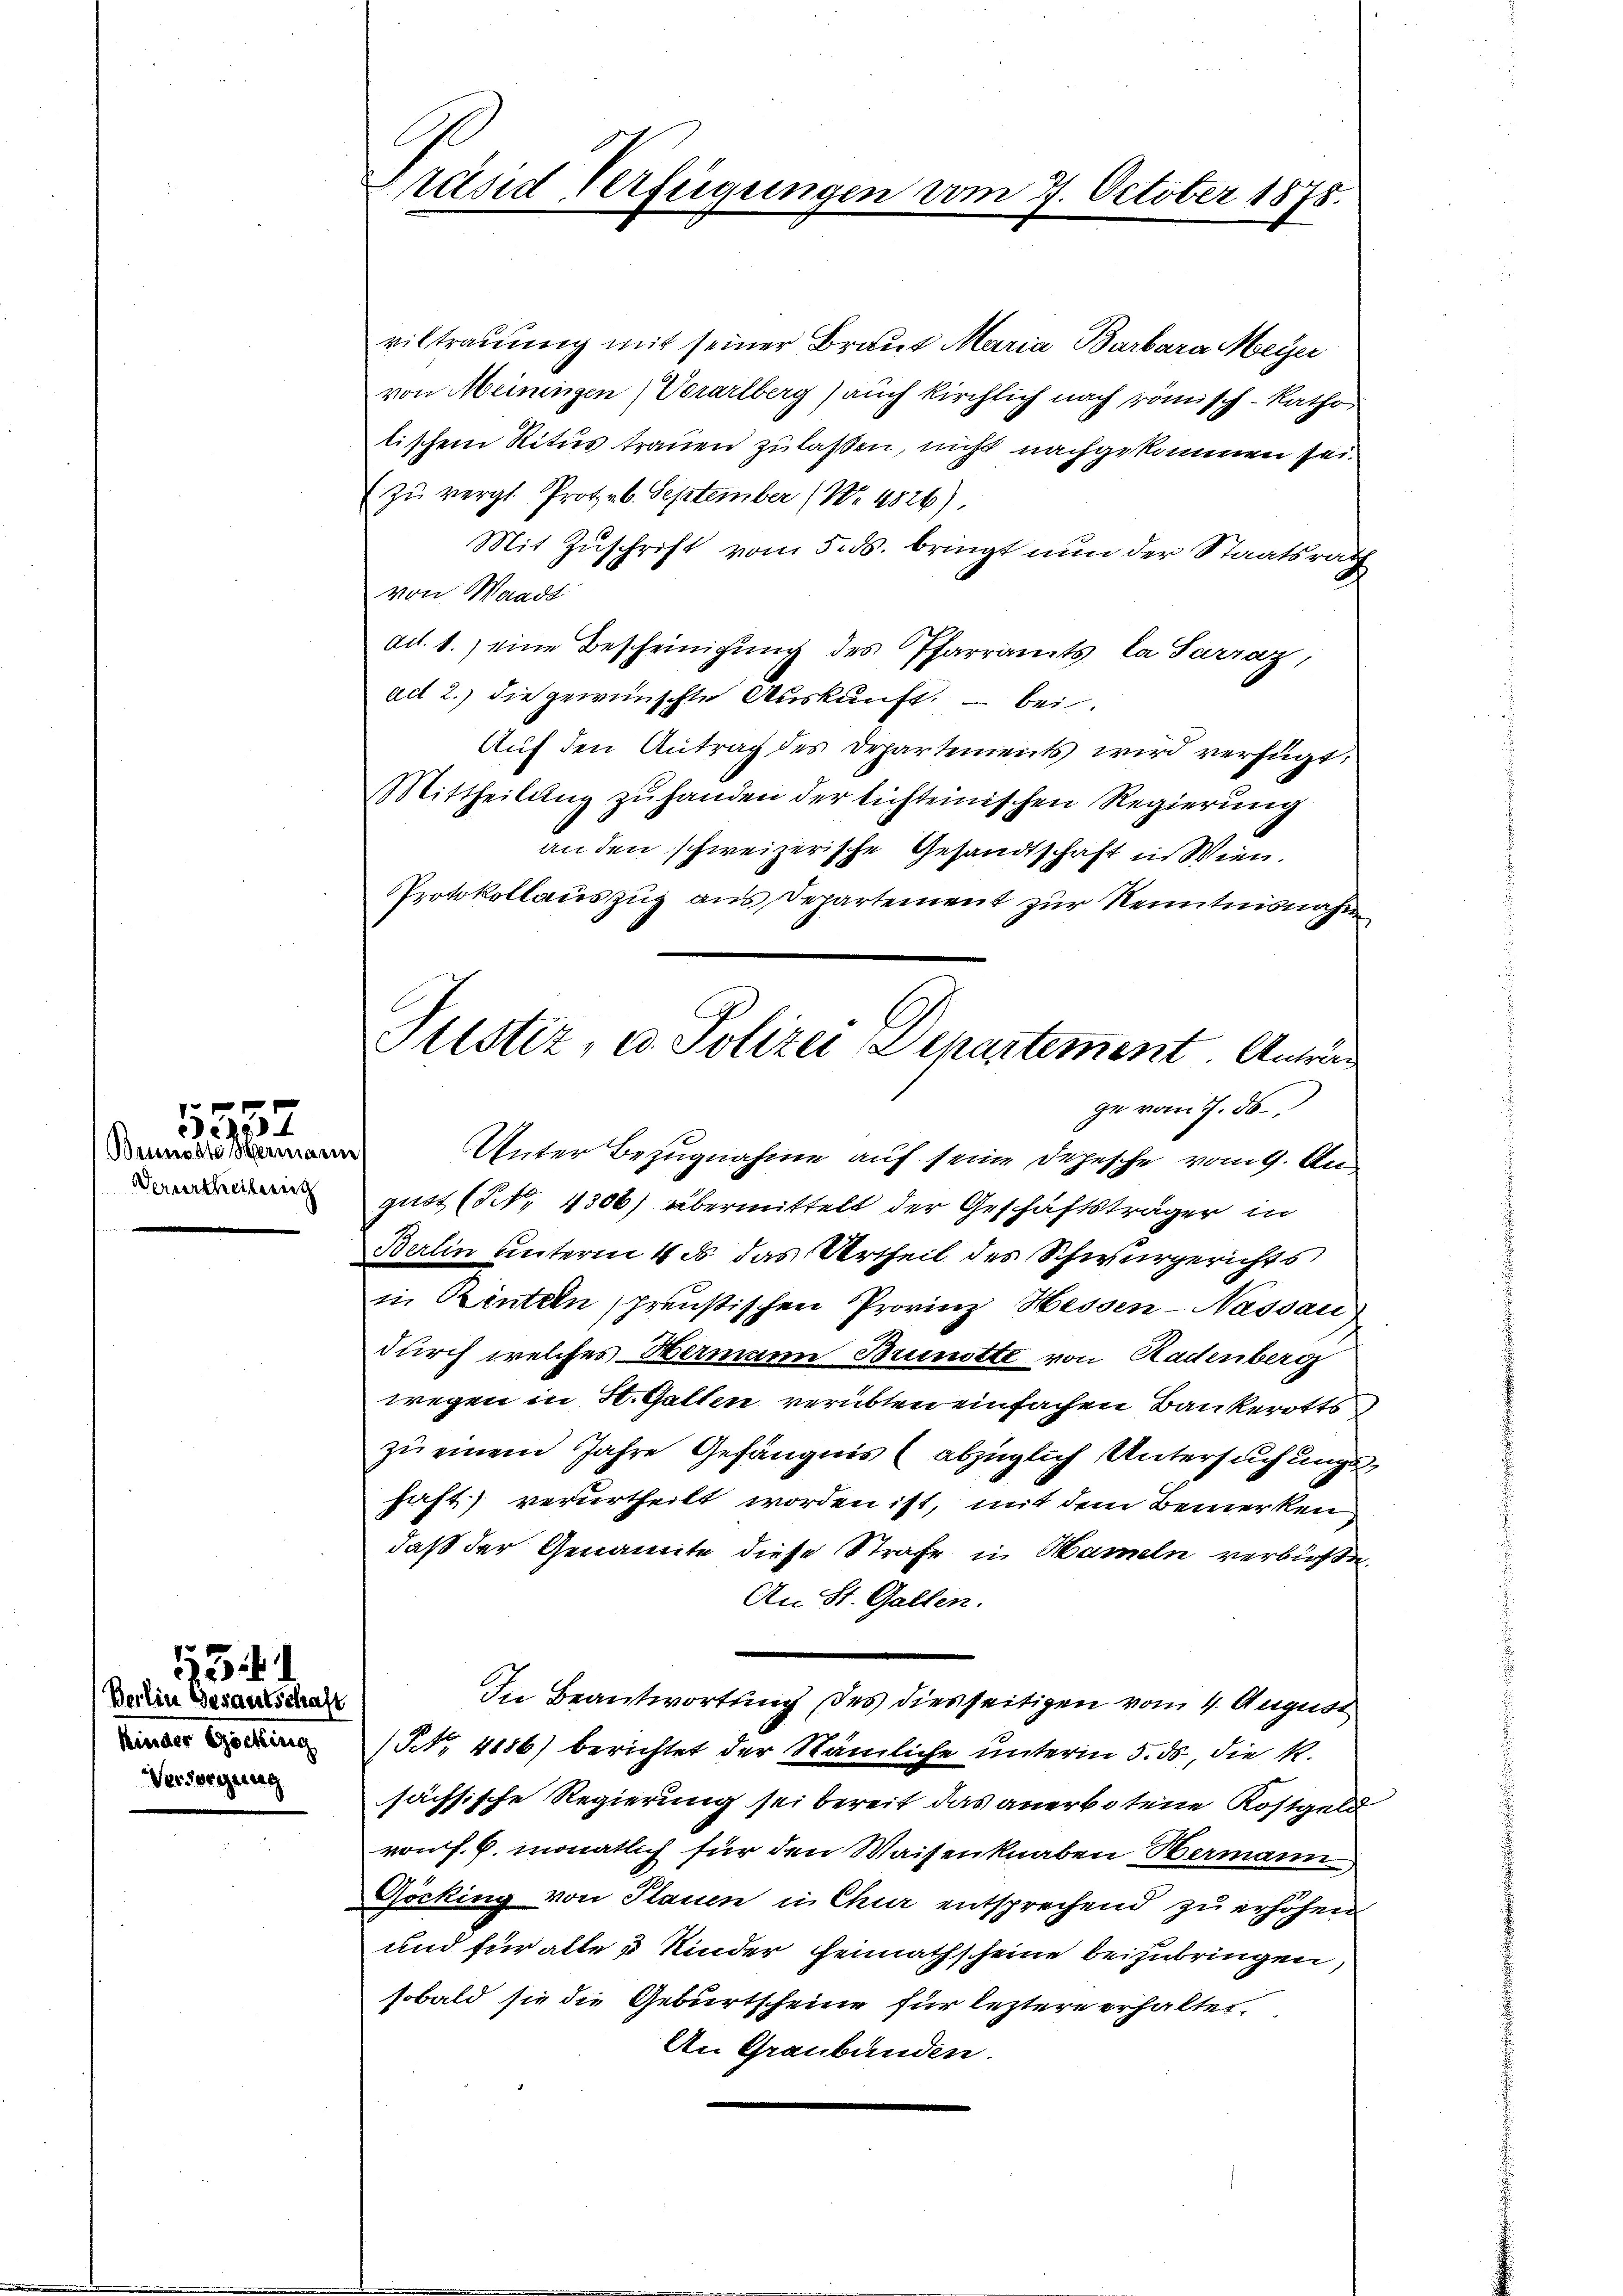
Beundste Herman
Vervortheilung

5557

Berlin Gesantschaft
Kinder Göcking
Versorgung

Präsid Verfügungen vom 7. October 1878.

Justiz, u. Polizei Departement. Antrag
ge vom 7. 50
d
Unter Bezugnahme auf seine Depesche vom 9. Au

viltrauung mit seiner Braut Maria Barbara Meyer
von Meiningen Vorarlberg) auch kirchlich nach römisch-katho
lischem Ritus trauen zulassen, nicht nachgekommen sei.
(zu vergl. Prot. 6. September (Nr. 4826).
Mit Zuschrift vom 5. ds. bringt nun der Staatsrath
von Waadt
dit. 1.) eine Bescheinigung des Pfarramts, la Sarraz,
act 2.) die gewünschte Auskunft, – bei.
Auf den Antrag des Departements wird verfügt:
Mittheilung zu handen der sichteinischen Regierung
an den schweizerische Gesandtschaft in Wien.
Protokollauszug aus Departement zur Kenntnisnahm
gust (§ 4306) übermittelt der Geschäftsträger in
Berlin unterm 4. ds. das Urtheil des Schwurgerichts
in Rinteln spreustischen Provinz Hessen-Nassau)
durch welches Hermann Brunotte von Radenberg
wegen in St. Gatten verübten einfachen Bankerotts
zu einem Jahre Gefängnis (abzüglich Untersuchungshaft) verurtheilt worden ist, mit dem Bemerken
daß der Genannte diese Strafe in Hameln verbüßte.
An St. Gallen.
In Beantwortung des diesseitigen vom 4. August
(NNo. 4186) berichtet der Nämliche unterm 5. ds, die R.
sächsische Regierung sei bereit das anerbotene Kostgeld
vonf. G. monatlich für den Waisen knaben Hermann
Göcking von Plauen in Chur entsprechend zu erhöhen
und für alle 3 Kinder Heimathscheine beizubringen,
sobald sie die Geburtscheine für leztere erhalten.
An Graubünden.